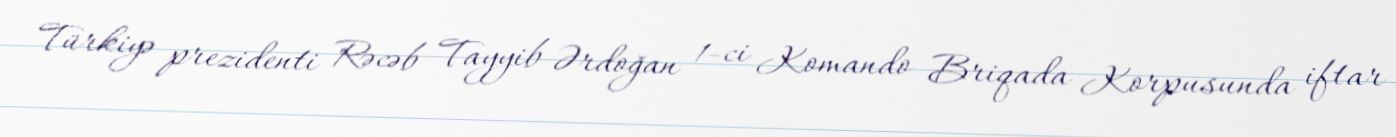
Türkiyə prezidenti Rəcəb Tayyib Ərdoğan 1-ci Komando Briqada Korpusunda iftar